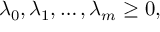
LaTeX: \lambda _ { 0 } , \lambda _ { 1 } , \ldots , \lambda _ { m } \geq 0 ,